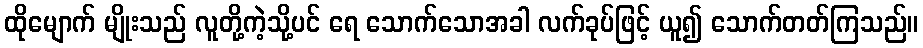
ထိုမျောက် မျိုးသည် လူတို့ကဲ့သို့ပင် ရေ သောက်သောအခါ လက်ခုပ်ဖြင့် ယူ၍ သောက်တတ်ကြသည်။